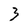
Character: 3